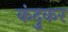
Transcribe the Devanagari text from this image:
कंदुकर